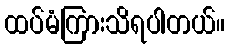
ထပ်မံကြားသိရပါတယ်။